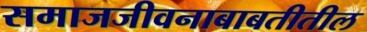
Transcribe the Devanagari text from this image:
समाजजीवनाबाबतीतील